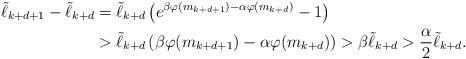
LaTeX: \begin{align*}\tilde \ell_{k+d+1} - \tilde\ell_{k+d} &= \tilde \ell_{k+d} \left( e^{\beta \varphi(m_{k+d+1}) - \alpha\varphi(m_{k+d}) } -1 \right) \\&> \tilde \ell_{k+d} \left( \beta \varphi(m_{k+d+1}) - \alpha\varphi(m_{k+d}) \right) > \beta \tilde \ell_{k+d} > \frac{\alpha}{2} \tilde \ell_{k+d}.\end{align*}